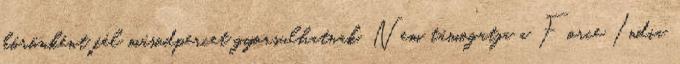
körönként fél másodpercet gyorsulhatnak. Nem támogatja a Force India